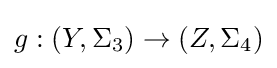
g:(Y,\Sigma _{3})\to (Z,\Sigma _{4})